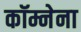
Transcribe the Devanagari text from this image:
कॉम्नेना